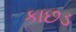
કાછડ